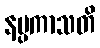
နပ္ပကာသတိ